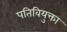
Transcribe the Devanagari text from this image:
पतिवियुक्ता